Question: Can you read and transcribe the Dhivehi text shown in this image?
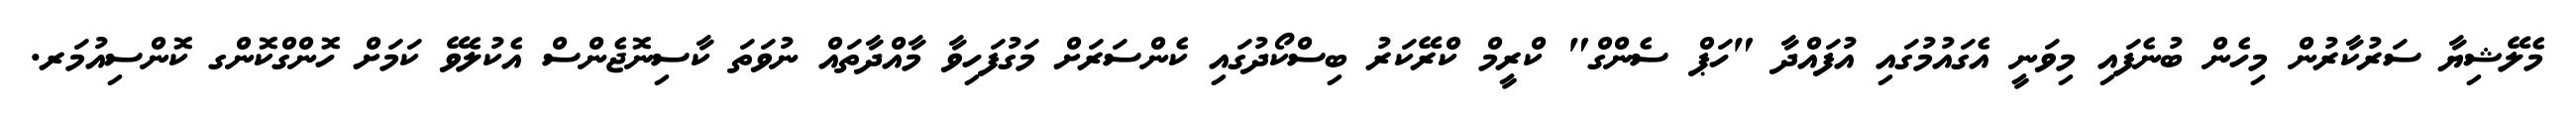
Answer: މެލޭޝިޔާ ސަރުކާރުން މިހެން ބުނެފައި މިވަނީ އެގައުމުގައި އުފައްދާ "ހަޕް ސެންގް" ކްރީމް ކްރޭކަރު ބިސްކޯދުގައި ކެންސަރަށް މަގުފަހިވާ މާއްދާތައް ނުވަތަ ކާސިނޮޖެންސް އެކުލެވޭ ކަމަށް ހޮންގްކޮންގ ކޮންސިއުމަރ.